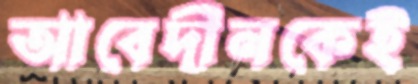
আবেদীনকেই